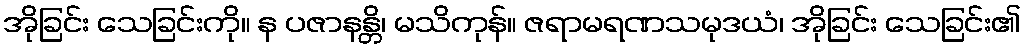
အိုခြင်း သေခြင်းကို။ န ပဇာနန္တိ၊ မသိကုန်။ ဇရာမရဏသမုဒယံ၊ အိုခြင်း သေခြင်း၏